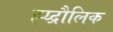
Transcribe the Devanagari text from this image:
ह्य्द्रौलिक